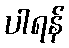
ပါရန်